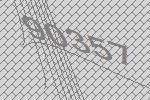
90357